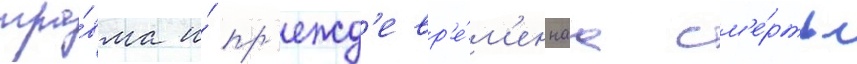
тра́вма и́ пр'ежд'евр'е́м'еннаа см'е́рть